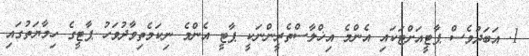
1. އަބަދުވެސް ޕާޓީއަށްޓަކައި އެންމެ އިޚްލާސްތެރީންނަކީ ޕާޓީ އެންމެ ނިކަމެތިވާދުވަހު ޕާޓީގެ ހިމާޔަތުގައި